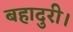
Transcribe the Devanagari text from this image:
बहादुरी।